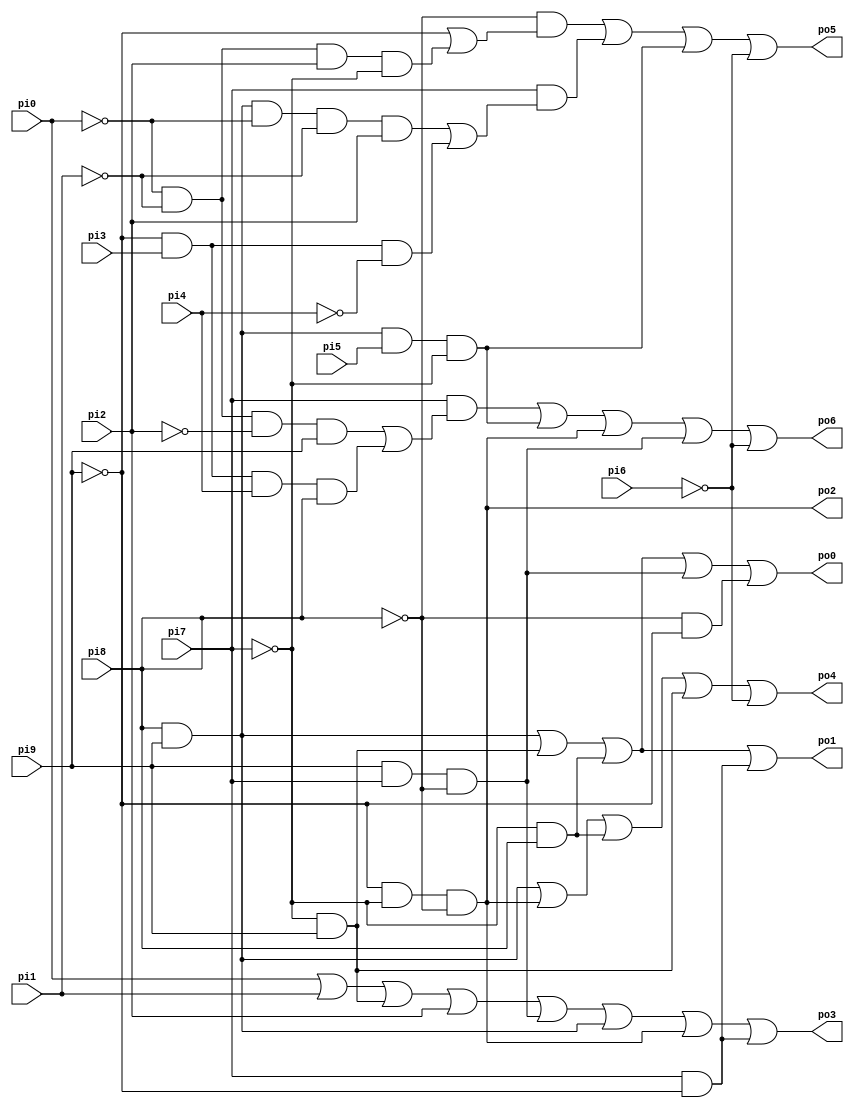
// Benchmark "x2" written by ABC on Thu Mar 19 13:02:36 2020

module x2 ( 
    pi0, pi1, pi2, pi3, pi4, pi5, pi6, pi7, pi8, pi9,
    po0, po1, po2, po3, po4, po5, po6  );
  input  pi0, pi1, pi2, pi3, pi4, pi5, pi6, pi7, pi8, pi9;
  output po0, po1, po2, po3, po4, po5, po6;
  wire new_n25_, new_n26_, new_n27_, new_n28_, new_n29_;
  assign po0 = new_n29_ | new_n28_ | new_n25_ | new_n26_ | (~pi8 & ~pi9);
  assign po1 = new_n29_ | new_n28_ | new_n25_ | (pi7 & ~pi9);
  assign po2 = ~pi9 & ~pi7 & ~pi8;
  assign po3 = pi0 | pi1 | new_n28_ | pi2 | new_n26_ | new_n29_ | po2 | (pi7 & ~pi9);
  assign po4 = new_n29_ | po2 | new_n25_ | new_n28_ | ~pi6;
  assign po5 = (~pi8 & (~pi9 | (~pi0 & ~pi1 & pi2 & ~pi7))) | (pi7 & ((pi8 & pi9 & ~pi0 & ~pi1 & pi2) | (~pi9 & pi3 & ~pi4))) | new_n27_ | ~pi6;
  assign po6 = (pi7 & ((~pi0 & ~pi1 & ~pi2 & pi9) | (~pi9 & pi3 & pi4 & pi8))) | new_n27_ | po2 | new_n26_ | ~pi6;
  assign new_n25_ = ~pi7 & pi8;
  assign new_n26_ = pi9 & pi7 & ~pi8;
  assign new_n27_ = pi9 & pi8 & pi5 & ~pi7;
  assign new_n28_ = ~pi7 & pi9;
  assign new_n29_ = pi8 & pi9;
endmodule